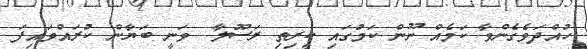
ހުއްދަވެގެންވާ ކަމެއް ނޫން ކަމުގައި ކީރިތި ރަސޫލާ  ވަނީ ބަޔާން ކުރައްވައިފަ